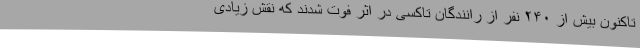
تاکنون بیش از ۲۴۰ نفر از رانندگان تاکسی در اثر فوت شدند که نقش زیادی